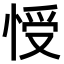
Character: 㥅